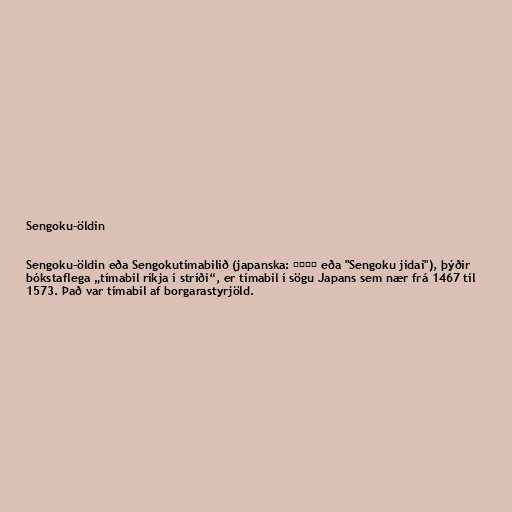
Sengoku-öldin

Sengoku-öldin eða Sengokutímabilið (japanska: 戦国時代 eða "Sengoku jidai"), þýðir
bókstaflega „tímabil ríkja í stríði“, er tímabil í sögu Japans sem nær frá 1467 til
1573. Það var tímabil af borgarastyrjöld.